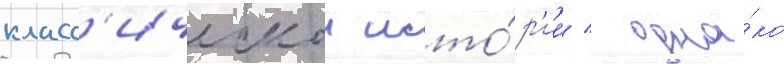
класс'ическои исто́р'ии / одна́ко